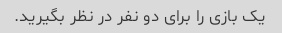
یک بازی را برای دو نفر در نظر بگیرید.